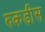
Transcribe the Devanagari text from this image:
रुकडीस